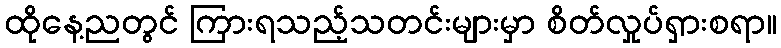
ထိုနေ့ညတွင် ကြားရသည့်သတင်းများမှာ စိတ်လှုပ်ရှားစရာ။